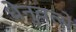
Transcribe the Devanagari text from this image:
धेनुवत्से